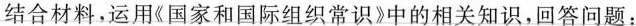
结合材料，运用《国家和国际组织常识》中的相关知识，回答问题：